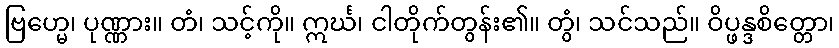
ဗြဟ္မေ၊ ပုဏ္ဏား။ တံ၊ သင့်ကို။ ဣင်္ဃ၊ ငါတိုက်တွန်း၏။ တွံ၊ သင်သည်။ ဝိပ္ဖန္ဒစိတ္တော၊